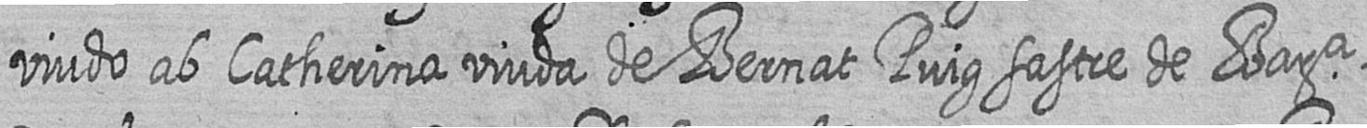
viudo ab Catherina viuda de Bernat Puig sastre de Bara